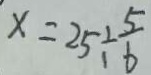
x = 2 5 \div \frac { 5 } { 6 }